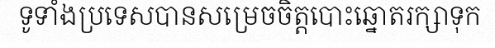
ទូទាំងប្រទេសបានសម្រេចចិត្តបោះឆ្នោតរក្សាទុក